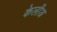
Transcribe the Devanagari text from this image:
केलीअ